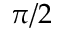
\pi / 2